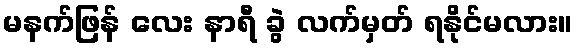
မနက်ဖြန် လေး နာရီ ခွဲ လက်မှတ် ရနိုင်မလား။